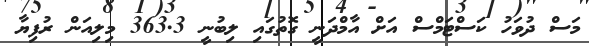
މަސް ދުވަހު ކަސްޓަމްސް އަށް އާމްދަނީ ގޮތުގައި ލިބުނީ 363.3 މިލިއަން ރުފިޔާ